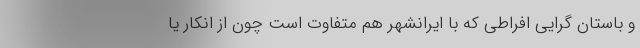
و باستان گرایی افراطی که با ایرانشهر هم متفاوت است چون از انکار یا